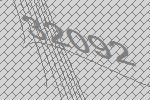
32092